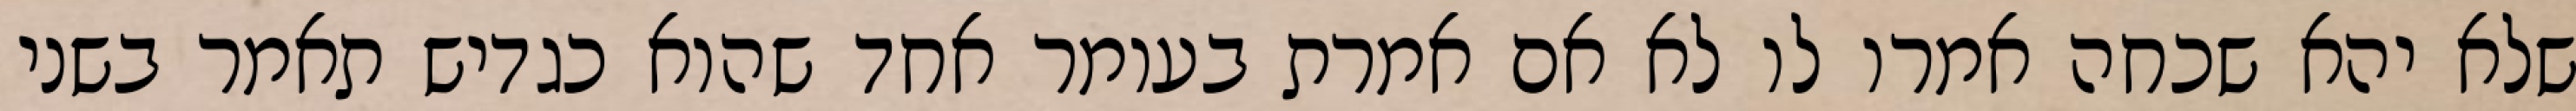
שלא יהא שכחה אמרו לו לא אם אמרת בעומר אחד שהוא כגדיש תאמר בשני